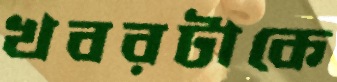
খবরটাকে